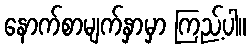
နောက်စာမျက်နှာမှာ ကြည့်ပါ။